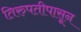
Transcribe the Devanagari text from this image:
तिरुपतीपासून